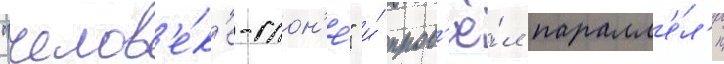
"челов'е́к'е-слон'е́" и́ пров'ё́л паралл'е́л'и